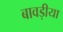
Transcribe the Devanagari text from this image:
बावड़ीया